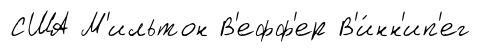
США М'ильтон В'ефф'ер В'и́нн'ип'ег